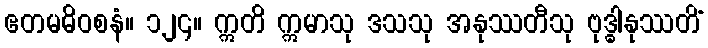
ဧတမဓိဝစနံ။ ၁၂၄။ ဣတိ ဣမာသု ဒသသု အနုဿတီသု ဗုဒ္ဓါနုဿတိံ